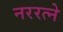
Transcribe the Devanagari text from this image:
नररत्ने